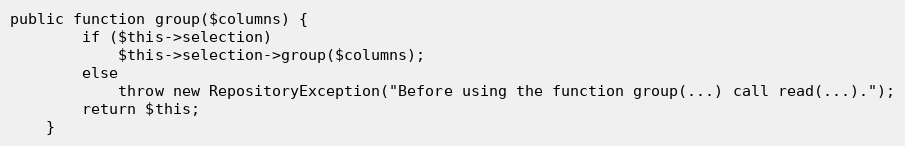
Language: PHP
public function group($columns) {
		if ($this->selection)
			$this->selection->group($columns);
		else
			throw new RepositoryException("Before using the function group(...) call read(...).");
		return $this;
	}